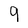
Character: 9